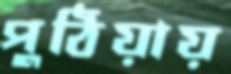
পুঠিয়ায়